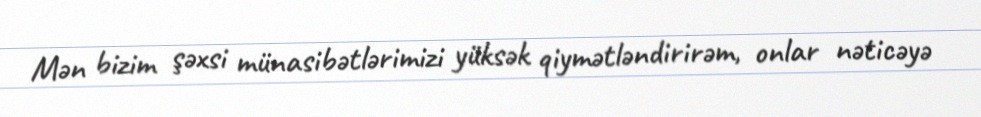
Mən bizim şəxsi münasibətlərimizi yüksək qiymətləndirirəm, onlar nəticəyə